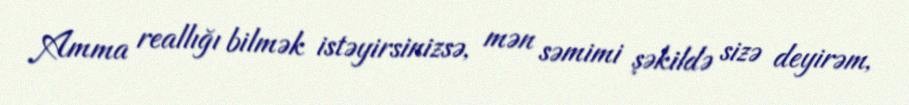
Amma reallığı bilmək istəyirsinizsə, mən səmimi şəkildə sizə deyirəm,